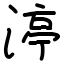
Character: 渟